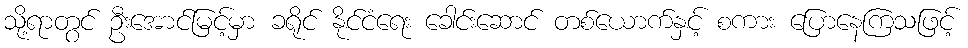
သို့ရာတွင် ဦးအောင်မြင့်မှာ ခရိုင် နိုင်ငံရေး ခေါင်းဆောင် တစ်ယောက်နှင့် စကား ပြောနေကြသဖြင့်